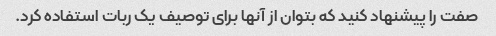
صفت را پیشنهاد کنید که بتوان از آنها برای توصیف یک ربات استفاده کرد.